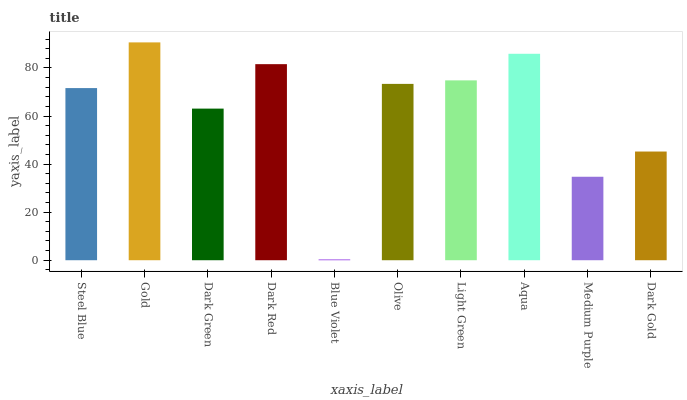
| xaxis_label | bars |
 | --- | --- |
 | Steel Blue | 71.6 |
 | Gold | 90.6 |
 | Dark Green | 63.1 |
 | Dark Red | 81.6 |
 | Blue Violet | 0.307 |
 | Olive | 73.4 |
 | Light Green | 74.8 |
 | Aqua | 85.9 |
 | Medium Purple | 34.7 |
 | Dark Gold | 45.2 |